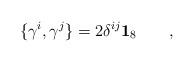
LaTeX: \begin{align*}\{\gamma ^{i},\gamma ^{j}\}=2\delta ^{ij}\mathbf{1}_{8}\qquad ,\end{align*}